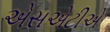
એસએટીએ